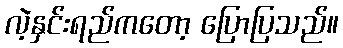
လဲ့နှင်းရည်ကတော့ ပြောပြသည်။